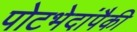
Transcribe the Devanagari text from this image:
पोटभेदांपैकी